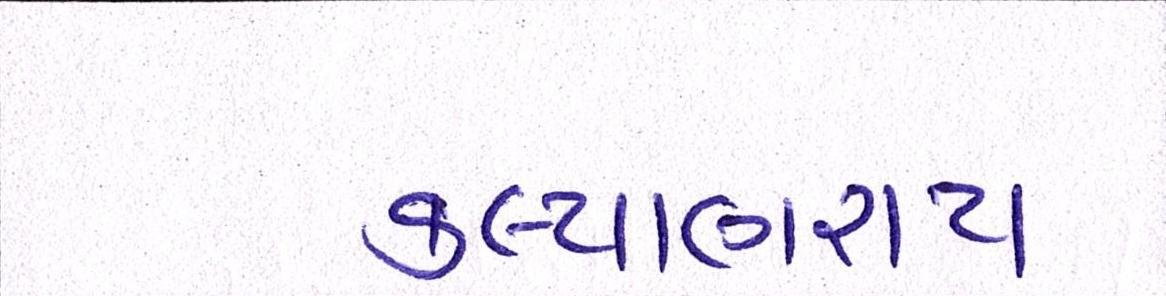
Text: કલ્યાણરાય